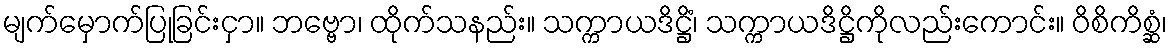
မျက်မှောက်ပြုခြင်းငှာ။ ဘဗ္ဗော၊ ထိုက်သနည်း။ သက္ကာယဒိဋ္ဌိံ၊ သက္ကာယဒိဋ္ဌိကိုလည်းကောင်း။ ဝိစိကိစ္ဆံ၊